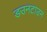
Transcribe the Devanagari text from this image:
डउनटाउन